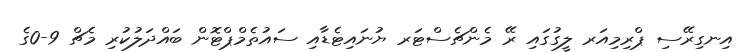
އިނގިރޭސި ޕްރިމިއަރ ލީގުގައި ރޭ މެންޗެސްޓަރ ޔުނައިޓެޑާއި ސައުތެމްޕްޓޮން ބައްދަލުކުރި މެޗް 9-0ގެ